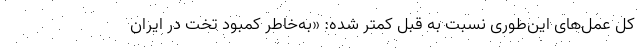
کل عمل‌های این‌طوری نسبت به قبل کمتر شده: «به‌خاطر کمبود تخت در ایران